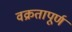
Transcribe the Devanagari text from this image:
वक्रतापूर्ण